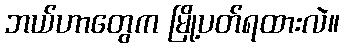
ဘယ်ဟာတွေက မြို့ပတ်ရထားလဲ။